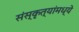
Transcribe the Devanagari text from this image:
संस्कृत्यांमध्ये